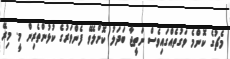
މެޗުގެ ކޮންމެ ވަގުތެއްގައިވެސް ނަތީޖާ ބަދަލު ކޮށްލެވޭ ފެންވަރުގެ ކުޅުންތެރިން މީ. މިރޭ